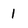
Character: 1